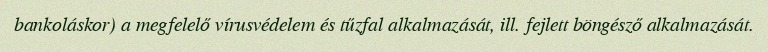
bankoláskor) a megfelelő vírusvédelem és tűzfal alkalmazását, ill. fejlett böngésző alkalmazását.